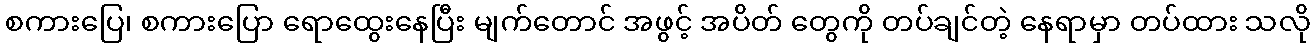
စကားပြေ၊ စကားပြော ရောထွေးနေပြီး မျက်တောင် အဖွင့် အပိတ် တွေကို တပ်ချင်တဲ့ နေရာမှာ တပ်ထား သလို